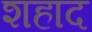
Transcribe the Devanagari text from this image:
शहाद